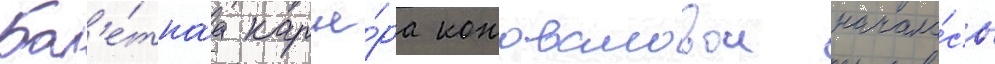
Бал'е́тнаа карье́ра коноваловои начала́сь